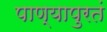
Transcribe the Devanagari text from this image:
पाण्यापुरतं